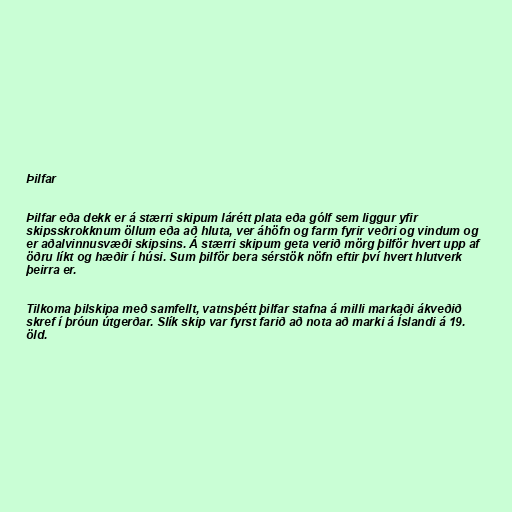
Þilfar

Þilfar eða dekk er á stærri skipum lárétt plata eða gólf sem liggur yfir
skipsskrokknum öllum eða að hluta, ver áhöfn og farm fyrir veðri og vindum og
er aðalvinnusvæði skipsins. Á stærri skipum geta verið mörg þilför hvert upp af
öðru líkt og hæðir í húsi. Sum þilför bera sérstök nöfn eftir því hvert hlutverk
þeirra er.

Tilkoma þilskipa með samfellt, vatnsþétt þilfar stafna á milli markaði ákveðið
skref í þróun útgerðar. Slík skip var fyrst farið að nota að marki á Íslandi á 19.
öld.